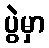
ပွဲမှာ